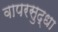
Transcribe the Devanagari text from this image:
वापरसुद्धा